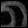
Digit: ၈